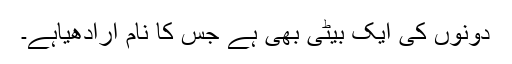
دونوں کی ایک بیٹی بھی ہے جس کا نام ارادھیاہے۔